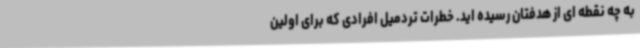
به چه نقطه ای از هدفتان رسیده اید. خطرات تردمیل افرادی که برای اولین